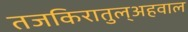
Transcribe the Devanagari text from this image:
तजकिरातुल्अहवाल